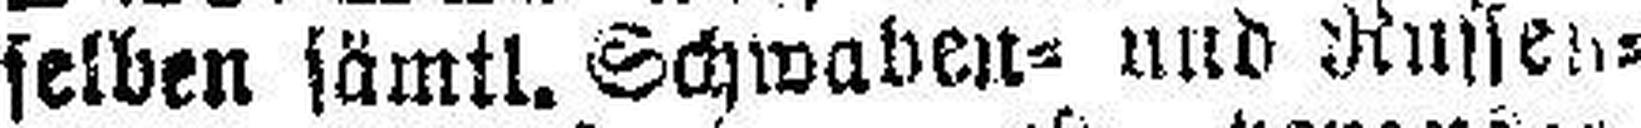
selben sämtl. Schwaben- und Russen¬